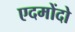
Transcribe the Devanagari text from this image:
एदमोंदो